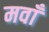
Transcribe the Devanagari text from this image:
मवाँ